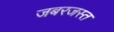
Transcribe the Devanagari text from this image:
जबरजस्त